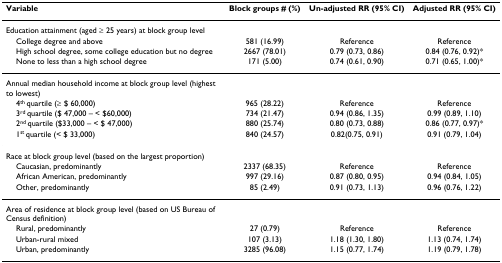
<table><thead><tr><td><b>Variable</b></td><td><b>Block groups # (%)</b></td><td><b>Un-adjusted RR (95% CI)</b></td><td><b>Adjusted RR (95% CI)</b></td></tr></thead><tbody><tr><td>Education attainment (aged ≥ 25 years) at block group level</td><td></td><td></td><td></td></tr><tr><td> College degree and above</td><td>581 (16.99)</td><td>Reference</td><td>Reference</td></tr><tr><td> High school degree, some college education but no degree</td><td>2667 (78.01)</td><td>0.79 (0.73, 0.86)</td><td>0.84 (0.76, 0.92)*</td></tr><tr><td> None to less than a high school degree</td><td>171 (5.00)</td><td>0.74 (0.61, 0.90)</td><td>0.71 (0.65, 1.00)*</td></tr><tr><td>Annual median household income at block group level (highest to lowest)</td><td></td><td></td><td></td></tr><tr><td> 4<sup>th </sup>quartile (≥ $ 60,000)</td><td>965 (28.22)</td><td>Reference</td><td>Reference</td></tr><tr><td> 3<sup>rd </sup>quartile ($ 47,000 – &lt; $60,000)</td><td>734 (21.47)</td><td>0.94 (0.86, 1.35)</td><td>0.99 (0.89, 1.10)</td></tr><tr><td> 2<sup>nd </sup>quartile ($33,000 – &lt; $ 47,000)</td><td>880 (25.74)</td><td>0.80 (0.73, 0.88)</td><td>0.86 (0.77, 0.97)*</td></tr><tr><td> 1<sup>st </sup>quartile (&lt; $ 33,000)</td><td>840 (24.57)</td><td>0.82(0.75, 0.91)</td><td>0.91 (0.79, 1.04)</td></tr><tr><td>Race at block group level (based on the largest proportion)</td><td></td><td></td><td></td></tr><tr><td> Caucasian, predominantly</td><td>2337 (68.35)</td><td>Reference</td><td>Reference</td></tr><tr><td> African American, predominantly</td><td>997 (29.16)</td><td>0.87 (0.80, 0.95)</td><td>0.94 (0.84, 1.05)</td></tr><tr><td> Other, predominantly</td><td>85 (2.49)</td><td>0.91 (0.73, 1.13)</td><td>0.96 (0.76, 1.22)</td></tr><tr><td>Area of residence at block group level (based on US Bureau of Census definition)</td><td></td><td></td><td></td></tr><tr><td> Rural, predominantly</td><td>27 (0.79)</td><td>Reference</td><td>Reference</td></tr><tr><td> Urban-rural mixed</td><td>107 (3.13)</td><td>1.18 (1.30, 1.80)</td><td>1.13 (0.74, 1.74)</td></tr><tr><td> Urban, predominantly</td><td>3285 (96.08)</td><td>1.15 (0.77, 1.74)</td><td>1.19 (0.79, 1.78)</td></tr></tbody></table>